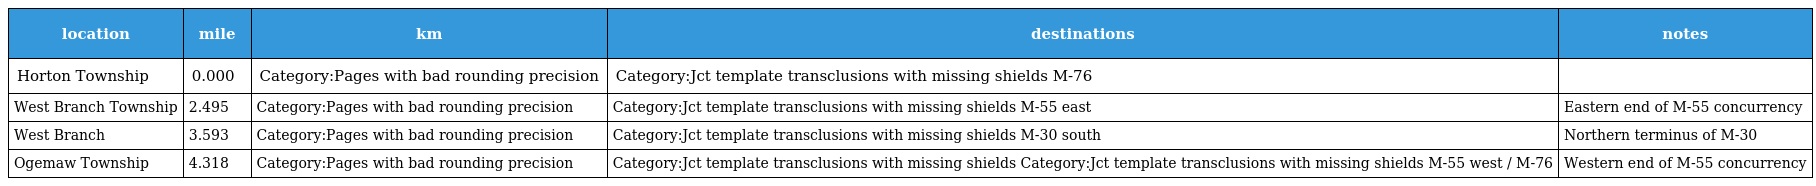
| location | mile | km | destinations | notes |
 | --- | --- | --- | --- | --- |
 | Horton Township | 0.000 | Category:Pages with bad rounding precision | Category:Jct template transclusions with missing shields M-76 |  |
 | West Branch Township | 2.495 | Category:Pages with bad rounding precision | Category:Jct template transclusions with missing shields M-55 east | Eastern end of M-55 concurrency |
 | West Branch | 3.593 | Category:Pages with bad rounding precision | Category:Jct template transclusions with missing shields M-30 south | Northern terminus of M-30 |
 | Ogemaw Township | 4.318 | Category:Pages with bad rounding precision | Category:Jct template transclusions with missing shields Category:Jct template transclusions with missing shields M-55 west / M-76 | Western end of M-55 concurrency |